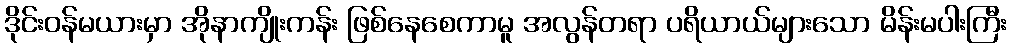
ဒိုင်းဝန်မယားမှာ အိုနာကျိုးကန်း ဖြစ်နေစေကာမူ အလွန်တရာ ပရိယာယ်များသော မိန်းမပါးကြီး